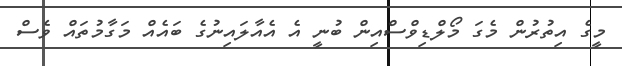
މީގެ އިތުރުން މެގަ މޯލްޑިވްސްއިން ބުނީ އެ އެއާލައިނުގެ ބައެއް މަގާމުތައް ވެސް